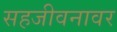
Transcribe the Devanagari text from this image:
सहजीवनावर